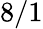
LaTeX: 8/1